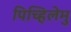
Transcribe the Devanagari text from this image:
पिच्हिलेमु